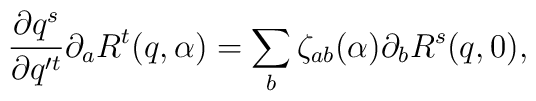
\frac{\partial q^s}{\partial q'^t} \partial_a R^t(q,\alpha) = 	\sum_b \zeta_{ab}(\alpha) \partial_b R^s(q,0) ,